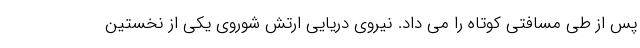
پس از طی مسافتی کوتاه را می داد. نیروی دریایی ارتش شوروی یکی از نخستین